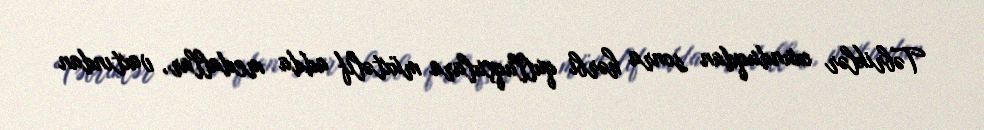
Təbriklər oxunduqdan sonra hərbi qulluqçulara müxtəlif adda medallar, vaxtından